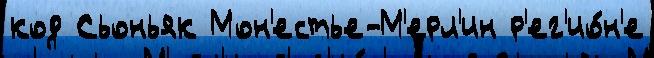
код Сьоньяк Мон'естье-М'ерл'ин р'ег'ио́н'е